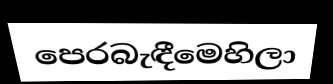
පෙරබැඳීමෙහිලා